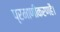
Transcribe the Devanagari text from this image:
प्रमाणीकरणहै।